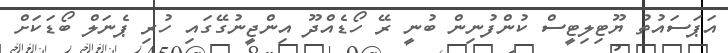
އަޕަސައުތު ޔޫޓިލިޓީސް ކުންފުނިން ބުނީ ރޭ ހޯޑެއްދޫ އިންޖީނުގޭގައި ހުރި ޕެނަލް ބޯޑަކަށް